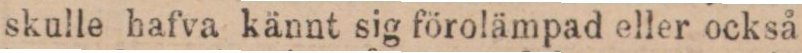
skulle hafva kännt sig förolämpad eller också